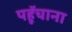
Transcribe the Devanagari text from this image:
पहूॅचाना